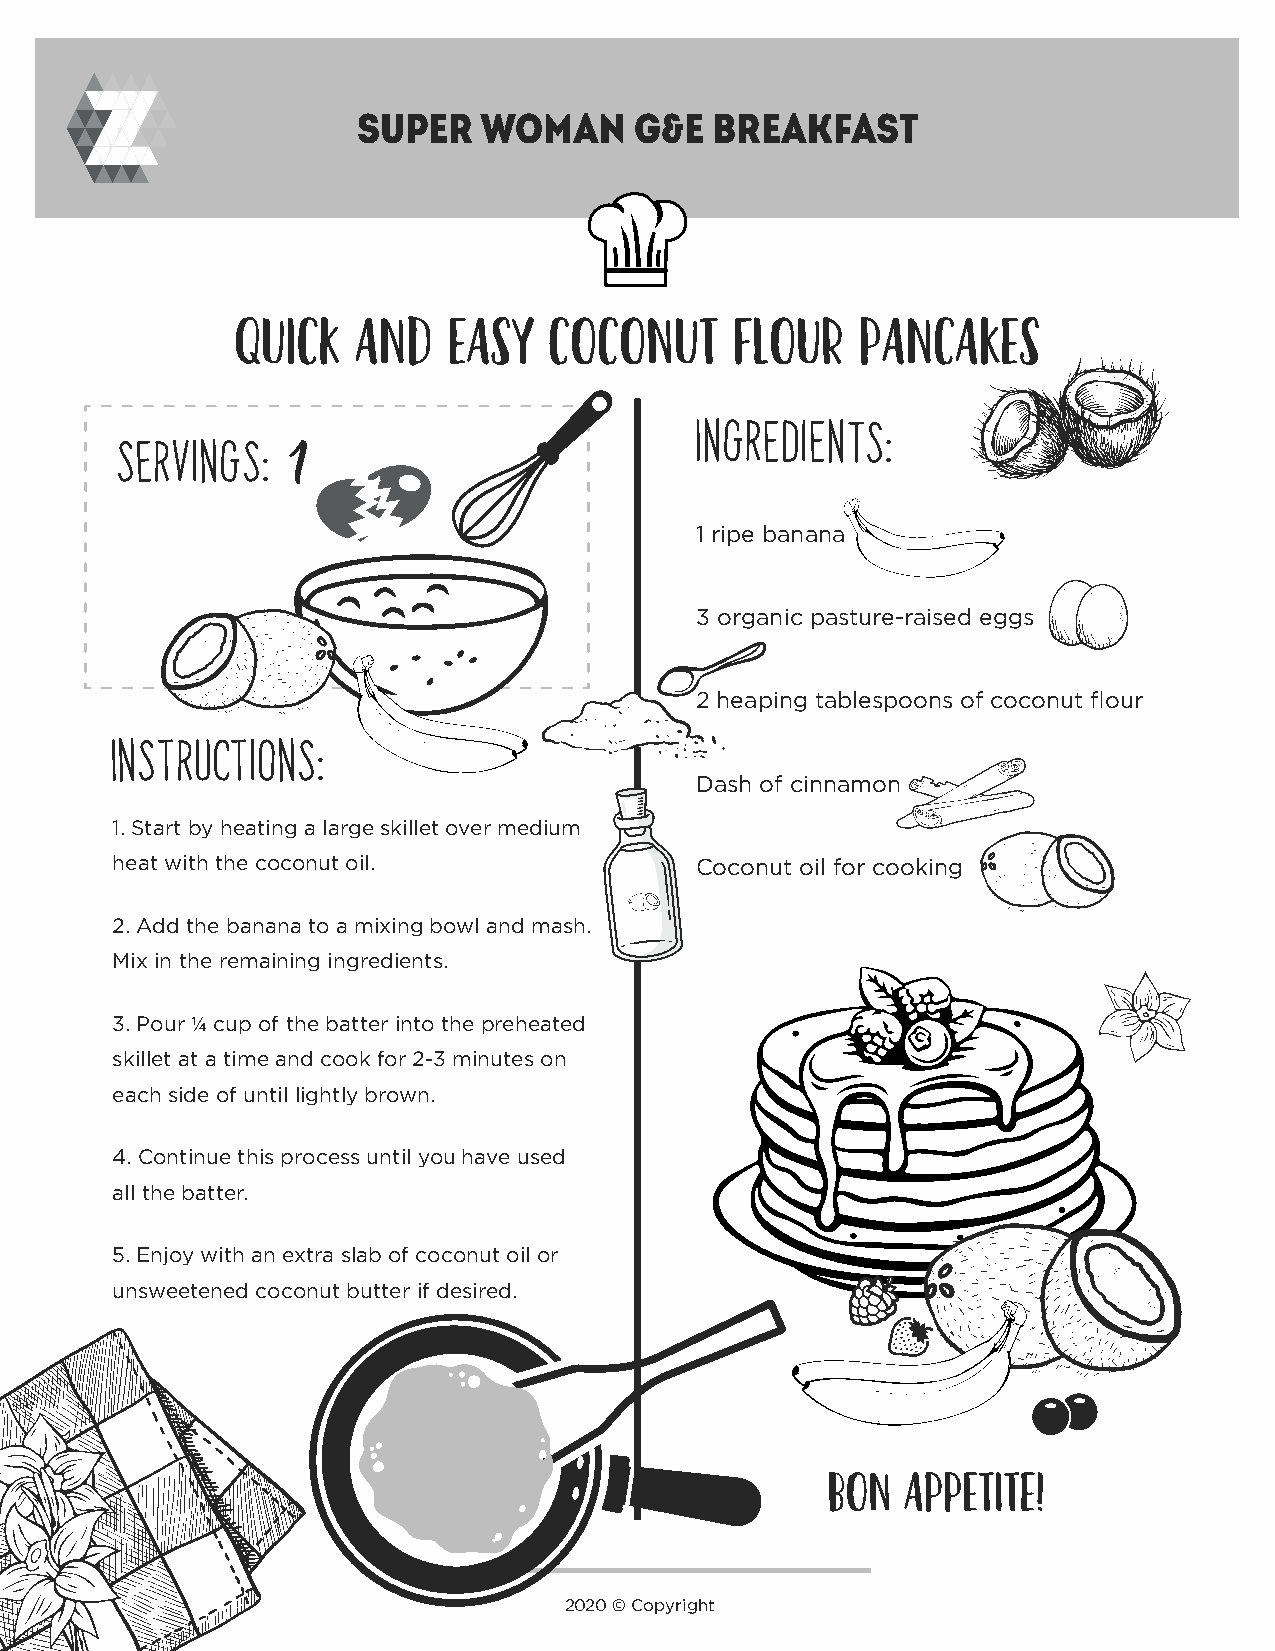
Super   Woman     G&E  Breakfast
 QUICK   AND   EASY  COCONUT      FLOUR   PANCAKES
 Ingredients:
 servings:
 1
 1 ripe banana
 3 organic pasture-raised eggs
 2 heaping tablespoons of coconut flour
 Instructions:
 Dash of cinnamon
 1. Start by heating a large skillet over medium
 heat with the coconut oil.             Coconut oil for cooking
 2. Add the banana to a mixing bowl and mash.
 Mix in the remaining ingredients.
 3. Pour ¼ cup of the batter into the preheated
 skillet at a time and cook for 2-3 minutes on
 each side of until lightly brown.
 4. Continue this process until you have used
 all the batter.
 5. Enjoy with an extra slab of coconut oil or
 unsweetened coconut butter if desired.
 BON  APPETITE!
 2020 © Copyright